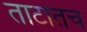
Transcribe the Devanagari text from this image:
ताटातच